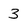
Character: 3